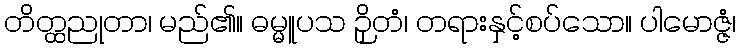
တိတ္ထညုတာ၊ မည်၏။ ဓမ္မူပသ ဉှိတံ၊ တရားနှင့်စပ်သော။ ပါမောဇ္ဇံ၊